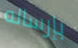
بإرساله